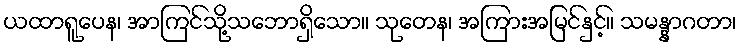
ယထာရူပေန၊ အာကြင်သို့သဘောရှိသော။ သုတေန၊ အကြားအမြင်နှင့်။ သမန္နာဂတာ၊